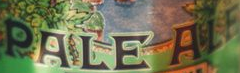
PALE ALE